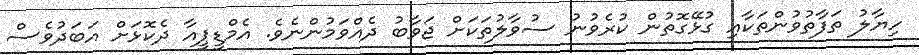
ހިޔާލު ތަފާތުވުންތަކާއި ގުޅޭގޮތުން ކުރެވުނު ސުވާލުތަކަށް ޖަވާބު ދެއްވަމުންނެވެ. އެމްޑީޕީއާ ދެކޮޅަށް އަބަދުވެސް